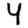
Digit: 4